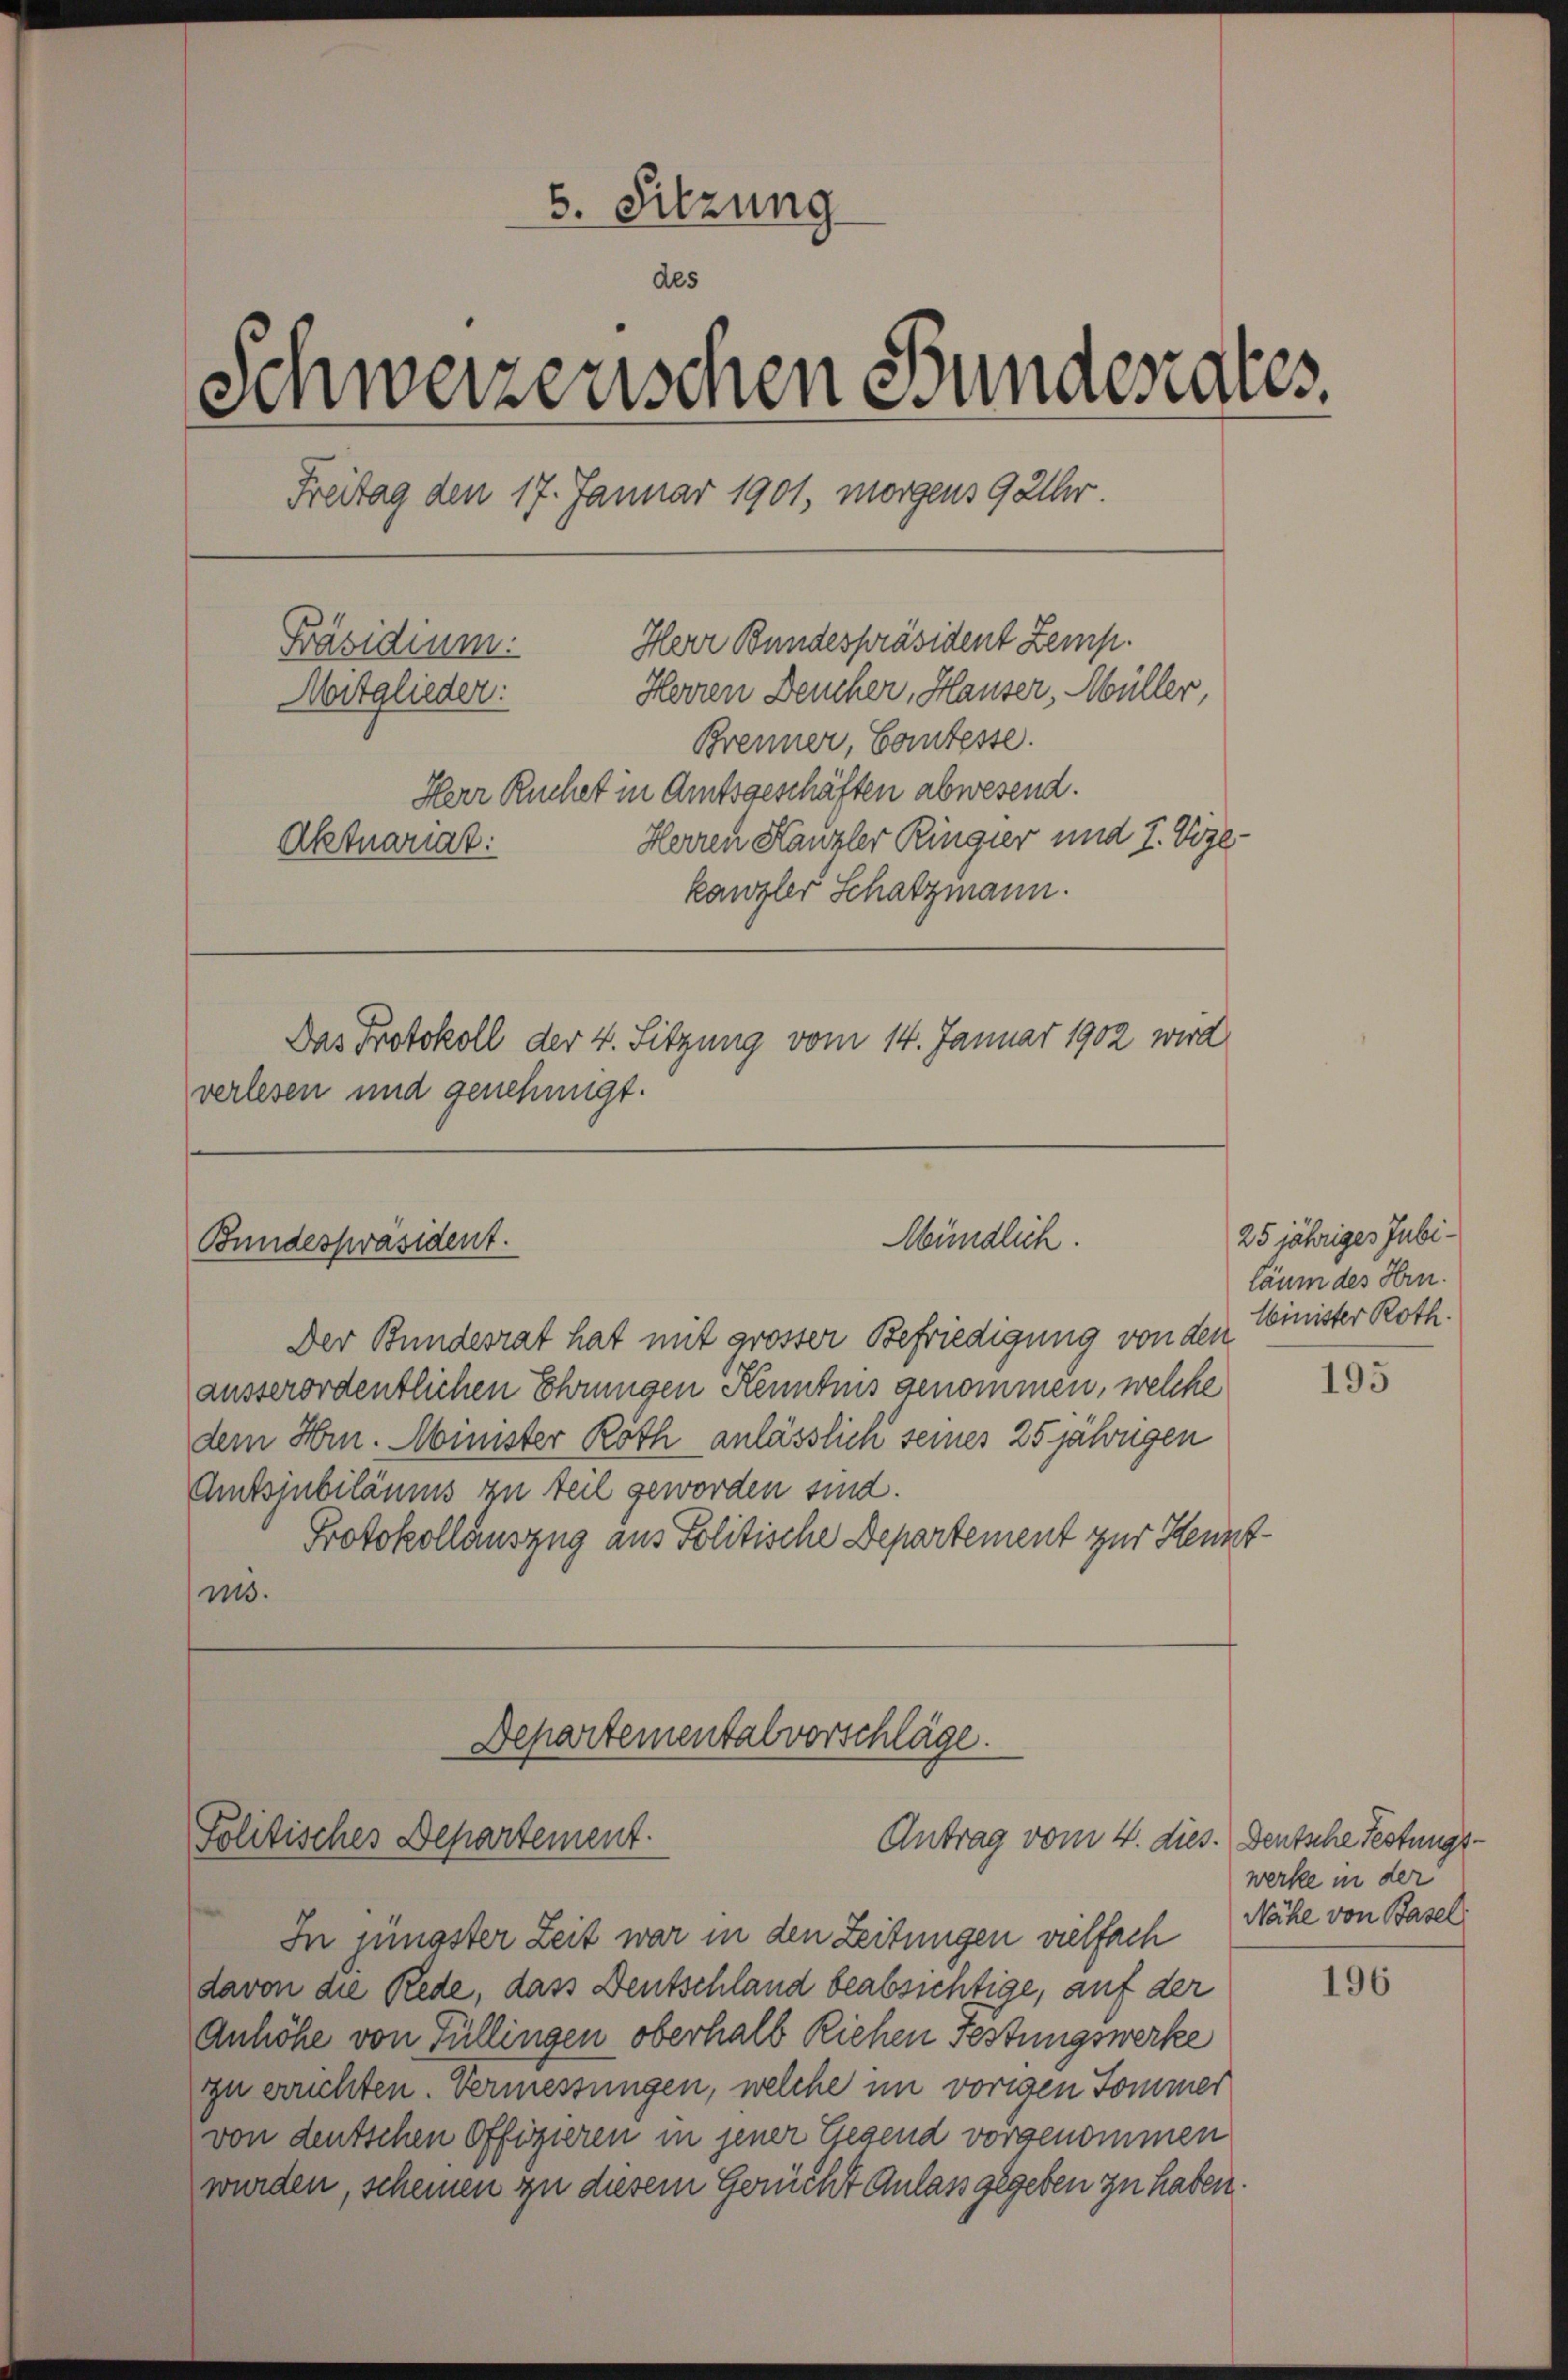
5. Sitzung
des
Schweizerischen Bundesrates
Freitag den 17. Januar 1901, morgens 9 Uhr.
Herr Bundespräsident Zemp.
Präsidium.
Herren Deucher, Hauser, Müller,
Mitglieder:
Brenner, Comtesse.
Herr Ruchet in Amtsgeschäften abwesend.
Herren Kanzler Ringier und I. Vize-
Aktuariat
kanzler Schatzmann.
Das Protokoll der 4. Sitzung vom 14. Januar 1902 wird
verlesen und genehmigt.

Mündlich.
Bundespräsident.

Der Bundesrat hat mit grosser Befriedigung von den Minister Roth.
ausserordentlichen Ehningen Kenntnis genommen, welche
dem Hrn. Minister Roth anlässlich seines 25 jährigen
Amtsjubiläums zu teil geworden sind.
Protokollauszug aus Politische Departement zur Kenntuns.

Departementalvorschläge.
Politisches Departement.
Antrag vom 4. dies. Deutsche Festungs¬

In jüngster Zeit war in den Zeitungen vielfach Nähe von Baseldavon die Rede, dass Deutschland beabsichtige, auf der
Anhöhe von Füllingen oberhalb Riehen Festungswerke
zu errichten. Vermessungen, welche im vorigen Sommer
von deutschen Offizieren in jener Gegend vorgenommen
wurden, scheinen zu diesem Gericht Anlassgegeben zu haben.

25 jähriges Jubiläum des Hrn.

195

werke in der

196